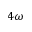
4 \omega